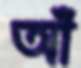
আঁ